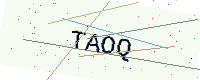
Text: TAOQ